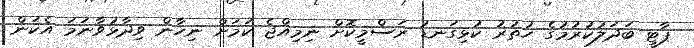
ޕާޓީ ބަދަލުކުރުމުގެ ހުތުރު ކުޅިގަނޑު ރަސްމީކޮށް ނިމިއްޖެ ކަމަށް ނިހާން ވިދާޅުވާނަމަ އެކަން